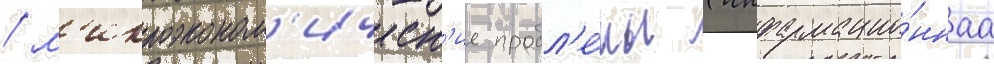
/ м'икроэконом'ическ'ие пробл'е́мы (информацио́ннаа